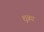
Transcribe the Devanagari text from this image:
शुक्रा